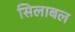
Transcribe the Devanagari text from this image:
सिलाबल